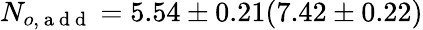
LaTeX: N_{o,\mathrm{~a~d~d~}}=5.54\pm 0.21(7.42\pm 0.22)